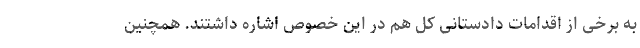
به برخی از اقدامات دادستانی کل هم در این خصوص اشاره داشتند. همچنین